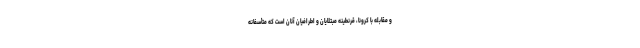
و مقابله با کرونا، قرنطینهٔ مبتلایان و اطرافیان آنان است که متأسفانه